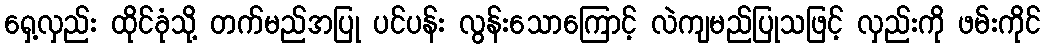
ရှေ့လှည်း ထိုင်ခုံသို့ တက်မည်အပြု ပင်ပန်း လွန်းသောကြောင့် လဲကျမည်ပြုသဖြင့် လှည်းကို ဖမ်းကိုင်